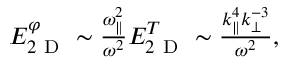
\begin{array} { r } { E _ { 2 \mathrm { ~ D ~ } } ^ { \varphi } \sim \frac { \omega _ { \parallel } ^ { 2 } } { \omega ^ { 2 } } E _ { 2 \mathrm { ~ D ~ } } ^ { T } \sim \frac { k _ { \parallel } ^ { 4 } k _ { \perp } ^ { - 3 } } { \omega ^ { 2 } } , } \end{array}